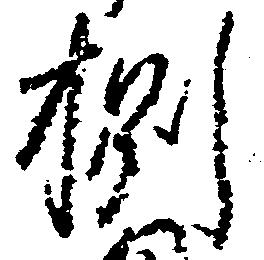
捌